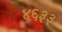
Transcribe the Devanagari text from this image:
४६३३